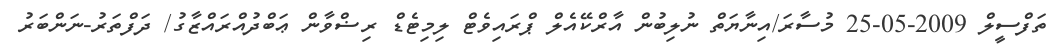
ތަފްސީލް 2009-05-25 މުސާރަ/އިނާޔަތް ނުލިބުން އާރްކޭއެލް ޕްރައިވެޓް ލިމިޓެޑް ރިޟްވާން ޢަބްދުއްރައްޒާގު/ ދަފްތަރު-ނަންބަރު